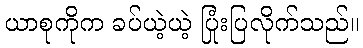
ယာစုကိုက ခပ်ယဲ့ယဲ့ ပြုံးပြလိုက်သည်။